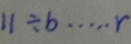
1 1 \div b \cdots r